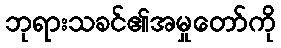
ဘုရားသခင်၏အမှုတော်ကို